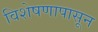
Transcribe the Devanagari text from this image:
विशेषणापासून